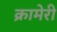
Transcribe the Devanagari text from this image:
क्रामेरी